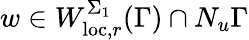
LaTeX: w\in W_{\mathrm{loc},r}^{\Sigma_{1}}(\Gamma)\cap N_{u}\Gamma